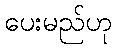
ပေးမည်ဟု